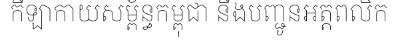
កីឡាកាយសម្ព័ន្ធកម្ពុជា នឹងបញ្ជូនអត្តពលិក